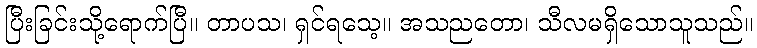
ပြီးခြင်းသို့ရောက်ပြီ။ တာပသ၊ ရှင်ရသေ့။ အသညတော၊ သီလမရှိသောသူသည်။